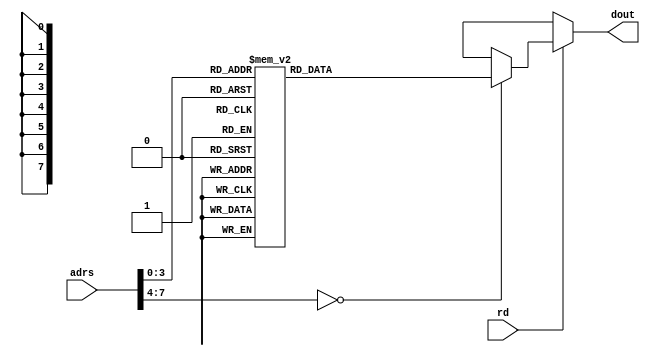
// cp
module rom(
	adrs, dout, rd );
	
	input  [7:0] adrs;
	output [7:0] dout;
	input  rd;
	
	reg    [7:0] rom_data;
	
	always@( adrs ) begin
		case( adrs )
			8'h00 : rom_data = 8'h01;
			8'h01 : rom_data = 8'h10;
			8'h02 : rom_data = 8'h05;
			8'h03 : rom_data = 8'h22;
			8'h04 : rom_data = 8'h08;
			8'h05 : rom_data = 8'h22;
			8'h06 : rom_data = 8'h01;
			8'h07 : rom_data = 8'h20;
			8'h08 : rom_data = 8'h08;
			8'h09 : rom_data = 8'h22;
			default : rom_data = 8'bxxxxxxxx;
		endcase
	end
	
	assign dout = ( rd == 1'b1 ) ? rom_data : 8'bxxxxxxxx;
	
endmodule